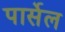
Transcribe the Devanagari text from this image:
पार्सेल